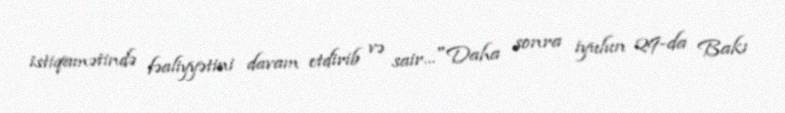
istiqamətində fəaliyyətini davam etdirib və sair..."Daha sonra iyulun 29-da Bakı